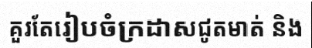
គួរតែរៀបចំក្រដាសជូតមាត់ និង